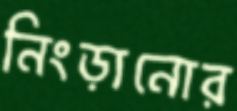
নিংড়ানোর